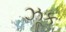
ઝૂક